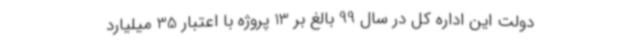
دولت این اداره کل در سال 99 بالغ بر 13 پروژه با اعتبار 35 میلیارد